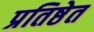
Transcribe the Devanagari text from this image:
प्रतिष्ठेत